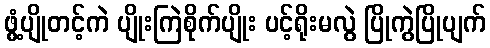
ဖွံ့ပျိုတင့်ကဲ ပျိုးကြဲစိုက်ပျိုး ပင့်ရိုးမလွဲ ပြိုကွဲပြိုပျက်